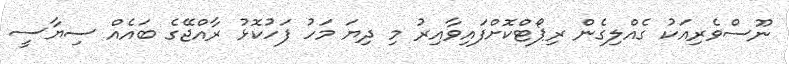
ނޫސްވެރިއަކު ގެއްލިގެން ރިޕޯޓްކޮށްފައިވާއިރު މި ދިޔަ މަހު ފަހުކޮޅު ރާއްޖޭގެ ބައެއް ސިޔާސީ